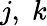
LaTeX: j,\; k